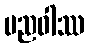
ပညဝါဿ